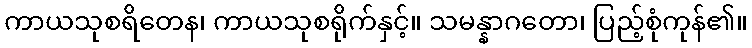
ကာယသုစရိတေန၊ ကာယသုစရိုက်နှင့်။ သမန္နာဂတော၊ ပြည့်စုံကုန်၏။